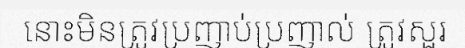
នោះមិនត្រូវប្រញាប់ប្រញាល់ ត្រូវសួរ